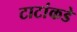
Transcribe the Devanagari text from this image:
टाटांकडे